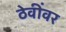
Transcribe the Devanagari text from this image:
ठेवींवर